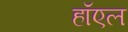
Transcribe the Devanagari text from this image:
हॉएल